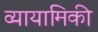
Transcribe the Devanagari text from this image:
व्यायामिकी